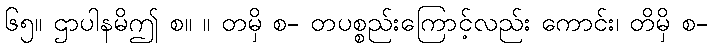
၆၅။ ဌာပါနမိဤ စ။ ။ တမှိ စ- တပစ္စည်းကြောင့်လည်း ကောင်း၊ တိမှိ စ-